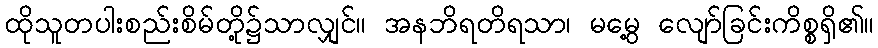
ထိုသူတပါးစည်းစိမ်တို့၌သာလျှင်။ အနဘိရတိရသာ၊ မမွေ့ လျော်ခြင်းကိစ္စရှိ၏။